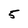
Character: 5